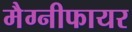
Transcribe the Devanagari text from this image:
मैग्नीफायर